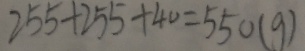
2 5 5 + 2 5 5 + 4 0 = 5 5 0 ( g )